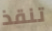
تنقذ